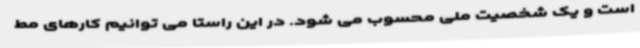
است و یک شخصیت ملی محسوب می شود. در این راستا می توانیم کارهای مط